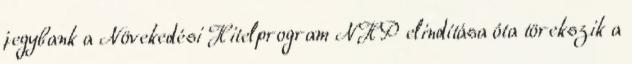
jegybank a Növekedési Hitelprogram NHP elindítása óta törekszik a